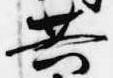
共